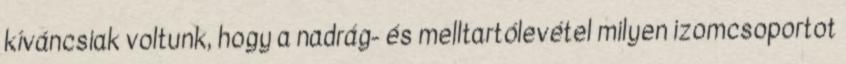
kíváncsiak voltunk, hogy a nadrág- és melltartólevétel milyen izomcsoportot